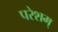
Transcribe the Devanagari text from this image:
परेशम्